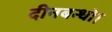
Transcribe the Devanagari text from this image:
दीनबन्धो।